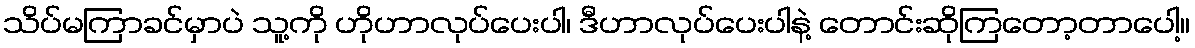
သိပ်မကြာခင်မှာပဲ သူ့ကို ဟိုဟာလုပ်ပေးပါ၊ ဒီဟာလုပ်ပေးပါနဲ့ တောင်းဆိုကြတော့တာပေါ့။